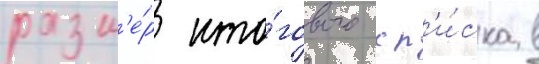
разм'е́р ито́гового сп'и́ска в